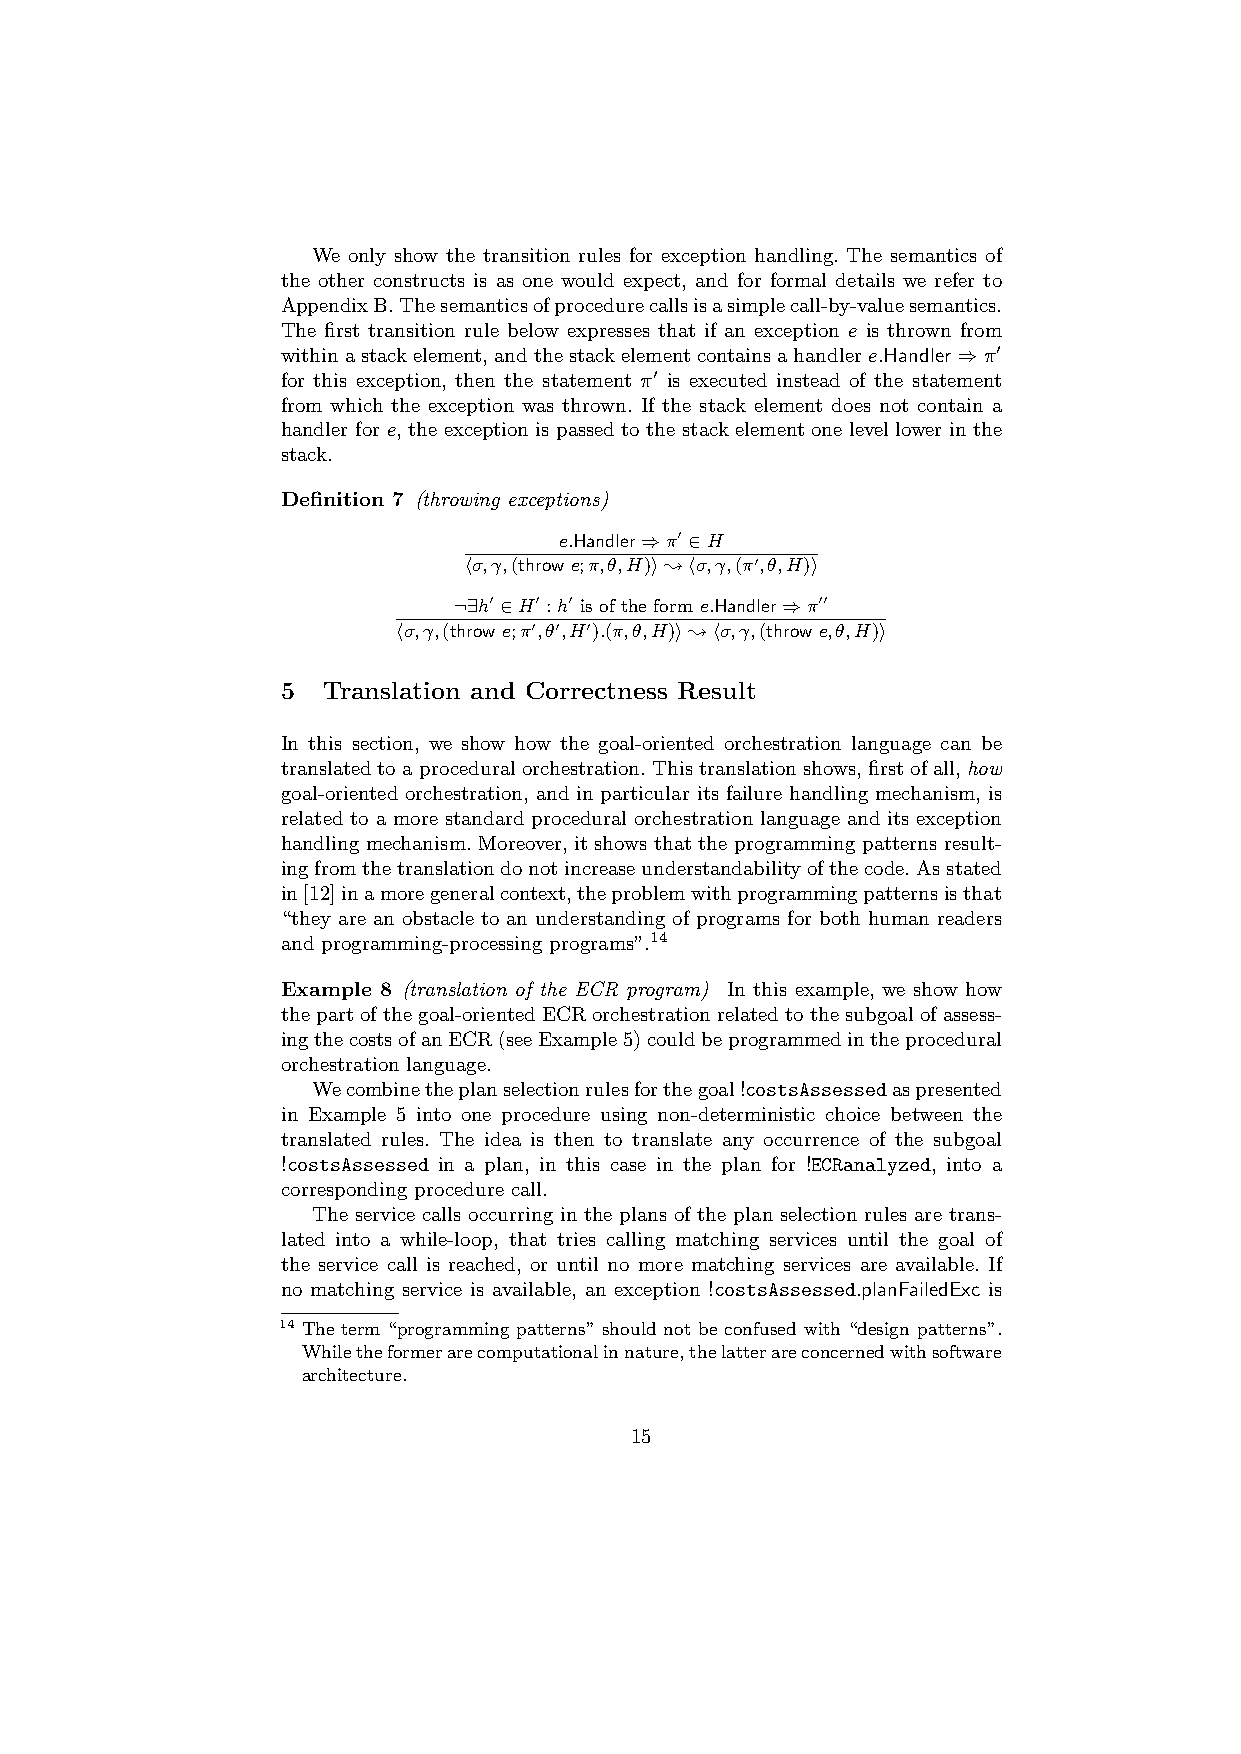
We only show the transition rules for exception handling. The semantics of
 the other constructs is as one would expect, and for formal details we refer to
 AppendixB.Thesemanticsofprocedurecallsisasimplecall-by-valuesemantics.
 The first transition rule below expresses that if an exception e is thrown from
 withinastackelement,andthestackelementcontainsahandlere.Handler⇒π0
 for this exception, then the statement π0 is executed instead of the statement
 from which the exception was thrown. If the stack element does not contain a
 handler for e, the exception is passed to the stack element one level lower in the
 stack.
 Definition 7 (throwing exceptions)
 e.Handler⇒π0 ∈H
 hσ,γ,(throw e;π,θ,H)i;hσ,γ,(π0,θ,H)i
 ¬∃h0 ∈H0 :h0 is of the form e.Handler⇒π00
 hσ,γ,(throw e;π0,θ0,H0).(π,θ,H)i;hσ,γ,(throw e,θ,H)i
 5 Translation and Correctness Result
 In this section, we show how the goal-oriented orchestration language can be
 translatedtoaproceduralorchestration.Thistranslationshows,firstofall,how
 goal-oriented orchestration, and in particular its failure handling mechanism, is
 related to a more standard procedural orchestration language and its exception
 handling mechanism. Moreover, it shows that the programming patterns result-
 ingfromthetranslationdonotincreaseunderstandabilityofthecode.Asstated
 in[12]inamoregeneralcontext,theproblemwithprogrammingpatternsisthat
 “they are an obstacle to an understanding of programs for both human readers
 and programming-processing programs”.14
 Example 8 (translation of the ECR program) In this example, we show how
 thepartofthegoal-orientedECRorchestrationrelatedtothesubgoalofassess-
 ingthecostsofanECR(seeExample5)couldbeprogrammedintheprocedural
 orchestration language.
 Wecombinetheplanselectionrulesforthegoal!costsAssessedaspresented
 in Example 5 into one procedure using non-deterministic choice between the
 translated rules. The idea is then to translate any occurrence of the subgoal
 !costsAssessed in a plan, in this case in the plan for !ECRanalyzed, into a
 corresponding procedure call.
 The service calls occurring in the plans of the plan selection rules are trans-
 lated into a while-loop, that tries calling matching services until the goal of
 the service call is reached, or until no more matching services are available. If
 no matching service is available, an exception !costsAssessed.planFailedExc is
 14 The term “programming patterns” should not be confused with “design patterns”.
 Whiletheformerarecomputationalinnature,thelatterareconcernedwithsoftware
 architecture.
 15